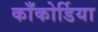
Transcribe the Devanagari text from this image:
काँकोर्डिया